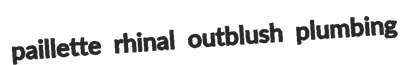
paillette rhinal outblush plumbing